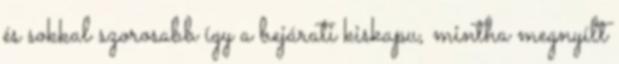
és sokkal szorosabb így a bejárati kiskapu, mintha megnyílt